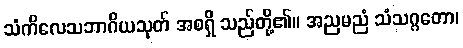
သံကိလေသဘာဂိယသုတ် အစရှိ သည်တို့၏။ အညမညံ သံသဂ္ဂတော၊